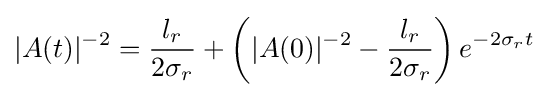
|A(t)|^{-2}={\frac {l_{r}}{2\sigma _{r}}}+\left(|A(0)|^{-2}-{\frac {l_{r}}{2\sigma _{r}}}\right)e^{-2\sigma _{r}t}